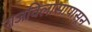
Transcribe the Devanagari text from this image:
राजविलासापासून